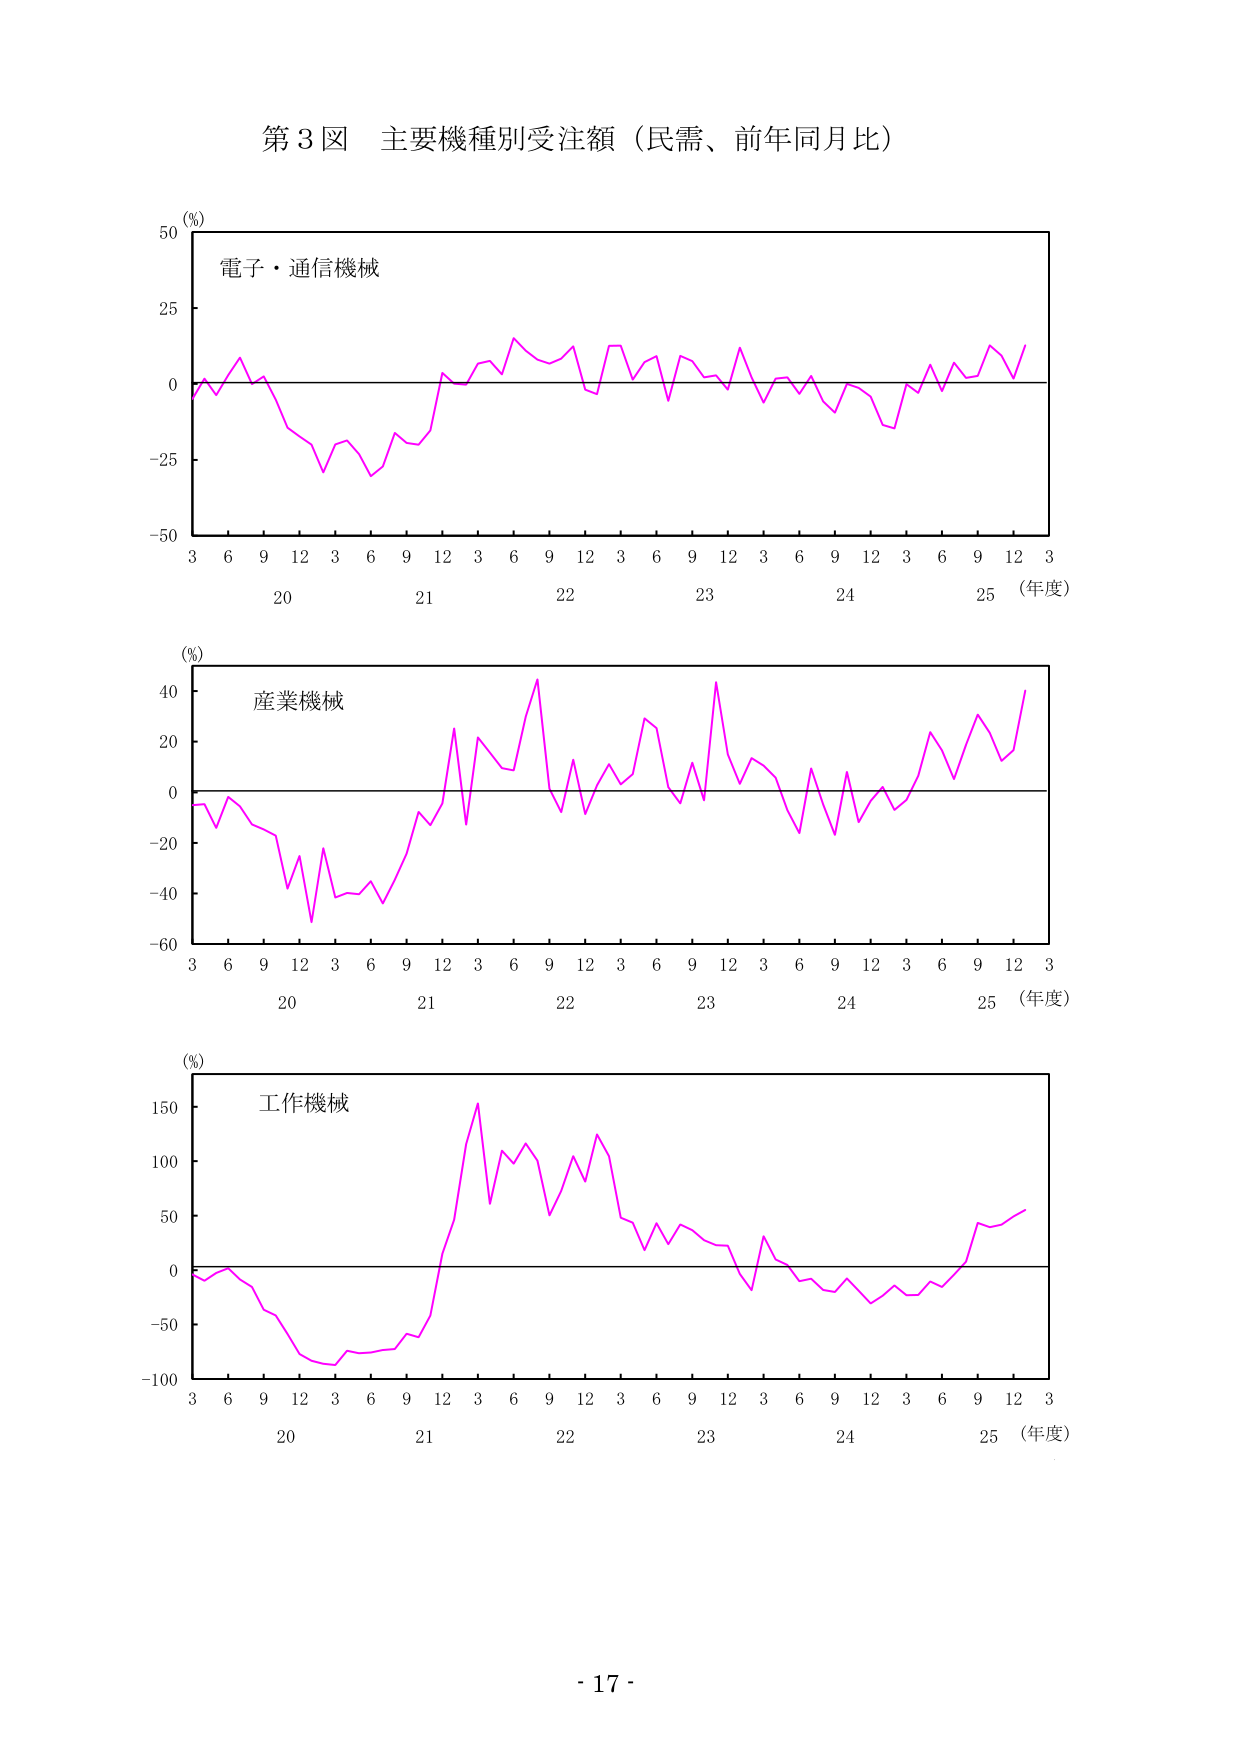
第3図 主要機種別受注額（民需、前年同月比）

(%)
電子・通信機械
3 6 9 12 3 6 9 12 3 6 9 12 3 6 9 12 3 6 9 12 3
20 21 22 23 24 25（年度）

(%)
産業機械
3 6 9 12 3 6 9 12 3 6 9 12 3 6 9 12 3 6 9 12 3
20 21 22 23 24 25（年度）

(%)
工作機械
3 6 9 12 3 6 9 12 3 6 9 12 3 6 9 12 3 6 9 12 3
20 21 22 23 24 25（年度）

- 17 -